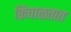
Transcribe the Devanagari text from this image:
किंचाळतात